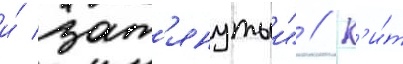
и́ зат'янутыи" // К'и́т